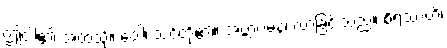
ဤငါ၏ အထံသို့။ ဝေါ၊ သင်တို့၏။ အဗ္ဘာဂမနံ၊ လာခြင်းသည်။ စိရဿံဟိ၊